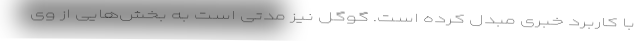
با کاربرد خبری مبدل کرده است. گوگل نیز مدتی است به بخش‌هایی از وی